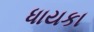
ધાયકા